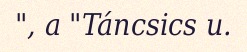
", a "Táncsics u.